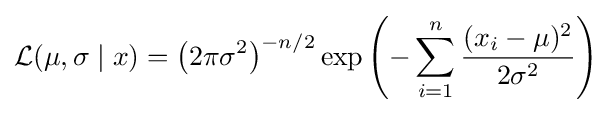
{\mathcal {L}}(\mu ,\sigma \mid x)=\left(2\pi \sigma ^{2}\right)^{-n/2}\exp \left(-\sum _{i=1}^{n}{\frac {(x_{i}-\mu )^{2}}{2\sigma ^{2}}}\right)